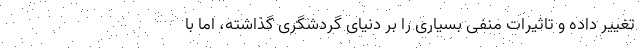
تغییر داده و تاثیرات منفی بسیاری را بر دنیای گردشگری گذاشته، اما با